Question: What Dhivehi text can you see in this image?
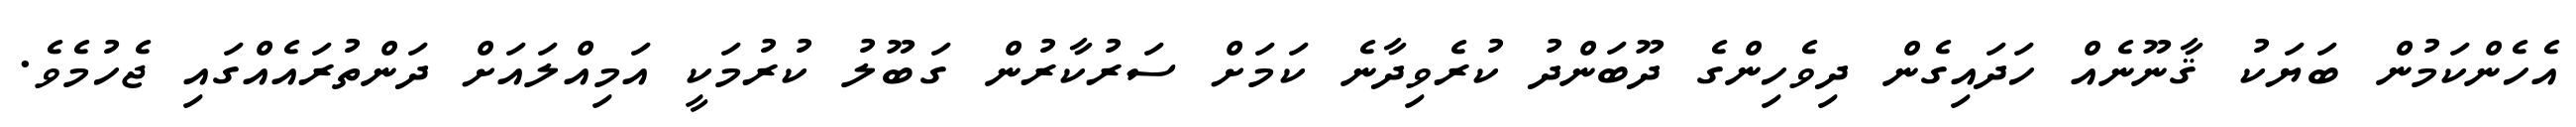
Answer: އެހެންކަމުން ބަޔަކު ޤާނޫނެއް ހަދައިގެން ދިވެހިންގެ ދޫބަންދު ކުރެވިދާނެ ކަމަށް ސަރުކާރުން ގަބޫލު ކުރުމަކީ އަމިއްލައަށް ދަންތުރައެއްގައި ޖެހުމެވެ.